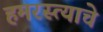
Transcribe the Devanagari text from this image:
हमरस्त्याचे